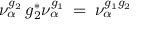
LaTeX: \nu _ { \alpha } ^ { g _ { 2 } } \, g _ { 2 } ^ { * } \nu _ { \alpha } ^ { g _ { 1 } } \: = \: \nu _ { \alpha } ^ { g _ { 1 } g _ { 2 } }